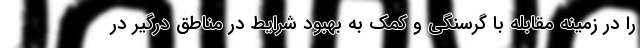
را در زمینه مقابله با گرسنگی و کمک به بهبود شرایط در مناطق درگیر در